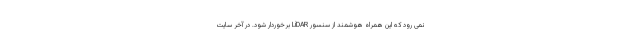
نمی رود که این همراه هوشمند از سنسور LiDAR برخوردار شود. در آخر سایت